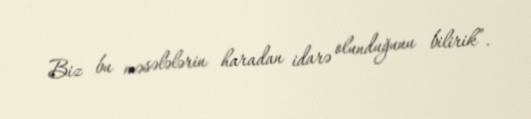
Biz bu məsələlərin haradan idarə olunduğunu bilirik”.